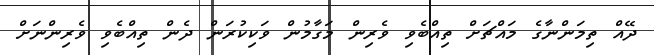
ދޭއް ތިމަންނާގެ މައްޗަށް ތިއްބެވި ވެރިން މަގާމުން ވަކިކުރަން ދެން ތިއްބެވި ވެރިންނަށް